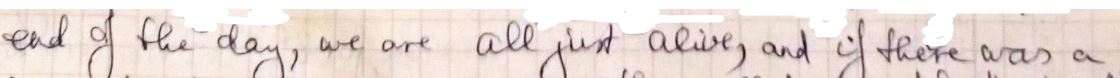
end of the day, we are all just, alive, and if there was a